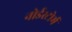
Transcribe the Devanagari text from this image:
नोर्डस्टोर्म